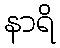
နာရိ